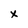
Character: x